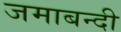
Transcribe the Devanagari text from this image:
जमाबन्दी